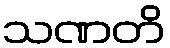
သဏတိ